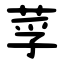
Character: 莩